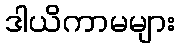
ဒါယိကာမများ